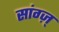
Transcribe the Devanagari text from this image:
सांग्ज़्‌